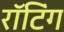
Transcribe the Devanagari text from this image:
रॉटिंग